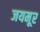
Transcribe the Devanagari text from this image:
जयमूर